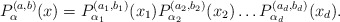
\begin{align*}P^{(a,b)}_\alpha(x)=P^{(a_1,b_1)}_{\alpha_1}(x_1)P^{(a_2,b_2)}_{\alpha_2}(x_2)\dots P^{(a_d,b_d)}_{\alpha_d}(x_d).\end{align*}